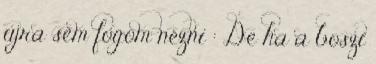
újra sem fogom nézni : De ha a boszi